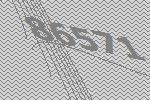
86571